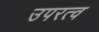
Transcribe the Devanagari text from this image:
उपरत्व